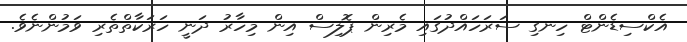
އެކްސިޑެންޓް ހިނގި ސަރަހައްދުގައި މެރިން ޕޮލިސް އިން މިހާރު ދަނީ ހަރަކާތްތެރި ވަމުންނެވެ.